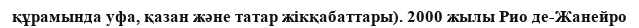
құрамында уфа, қазан және татар жікқабаттары). 2000 жылы Рио де-Жанейро